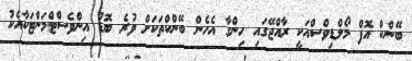
ބޭންކް އޮފް މޯލްޑިވްސްއަކީ ރާއްޖޭގައި ހިންގާ އެހެން ބޭންކްތަކަށް ވުރެ ބޮޑު އިންވެސްޓްމަންޓަކާއެކު